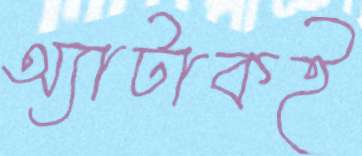
অ্যাটাকই